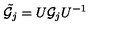
{ \tilde { { \cal G } _ { j } } } = U { \cal G } _ { j } U ^ { - 1 }